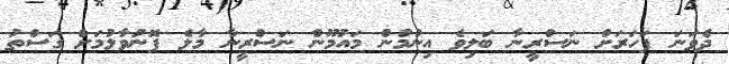
ދެވަނަ ފަހަރަށް ނަސްރީނާ ބަލިވެ އިނުމުން މައުމޫން ނަސްރީނާ މާލެ ފޮނުވާލުމަށް ގަސްތު